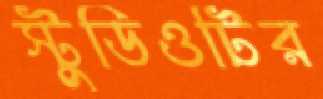
স্টুডিওটির